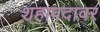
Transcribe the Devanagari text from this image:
शहापदावर